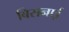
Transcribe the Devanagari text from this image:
बिसनाई